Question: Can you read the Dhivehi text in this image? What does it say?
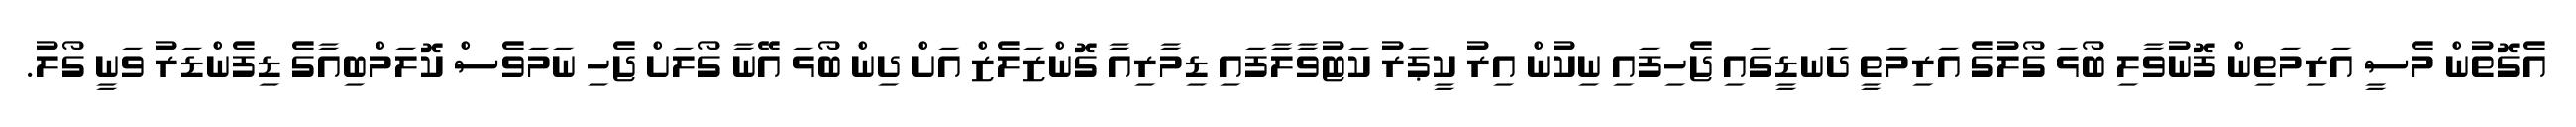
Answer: އެގޮތުން މެސީ އަރިމަތިން ފޮނުވާލި ބޯޅަ ގޯލުގެ އަރިމަތީ ދަނޑީގައި ޖެހިފައި ނިކުން އިރު ކީޕަރު ކަޓުވާލާފައި ޑިމާރިއާ ގޮންޒަލެޒް އަށް ދިން ބޯޅަ އޭނާ ގޯލަށް ޖެހި ނަމަވެސް ކޮލަމްބިއާގެ ޑިފެންޑަރު ވަނީ ގޯލު.